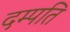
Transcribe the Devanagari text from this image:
दम्‍पति